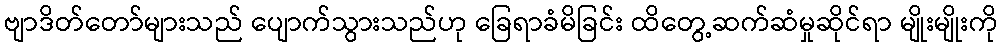
ဗျာဒိတ်တော်များသည် ပျောက်သွားသည်ဟု ခြေရာခံမိခြင်း ထိတွေ့ဆက်ဆံမှုဆိုင်ရာ မျိုးမျိုးကို